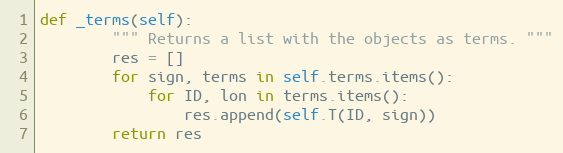
Language: Python
def _terms(self):
        """ Returns a list with the objects as terms. """
        res = []
        for sign, terms in self.terms.items():
            for ID, lon in terms.items():
                res.append(self.T(ID, sign))
        return res